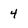
Character: 4